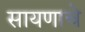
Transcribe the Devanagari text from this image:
सायणाचे